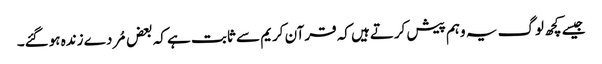
جیسے کچھ لوگ یہ وہم پیش کرتےہیں کہ قرآن کریم سے ثابت ہے کہ بعض مُردے زندہ ہوگئے۔